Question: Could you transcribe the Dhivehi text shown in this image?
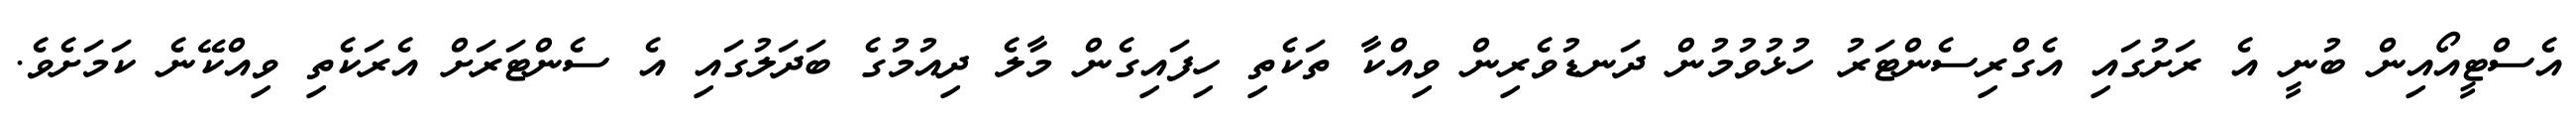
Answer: އެސްޓީއޯއިން ބުނީ އެ ރަށުގައި އެގްރިސެންޓަރު ހުޅުވުމުން ދަނޑުވެރިން ވިއްކާ ތަކެތި ހިފައިގެން މާލެ ދިއުމުގެ ބަދަލުގައި އެ ސެންޓަރަށް އެރަކެތި ވިއްކޭނެ ކަމަށެވެ.